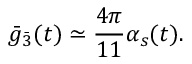
{ \bar { g } } _ { \bar { 3 } } ( t ) \simeq { \frac { 4 \pi } { 1 1 } } \alpha _ { s } ( t ) .